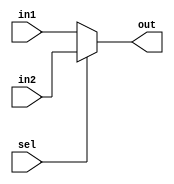
module mux2to1(out,sel,in1,in2);
	input in1, in2, sel;
	output out;

	assign out = sel ? in2 : in1;
endmodule


module fourbitmux2to1(out, sel, in1, in2);
	input [3:0] in1, in2;
	input sel;
	output [3:0] out;

	genvar j;

	generate
		for (j = 0; j < 4; j = j + 1)
		begin: muxloop
			mux2to1 m(out[j], sel, in1[j], in2[j]);
		end

	endgenerate
endmodule


module testbench;
	reg [3:0] a,b;
	reg s;
	wire [3:0] f;
	fourbitmux2to1 m1(f, s, a, b);
	initial
		begin

			$dumpfile("testbench.vcd");
			$dumpvars(0, testbench);
			$monitor(,$time," a=%b, b=%b, s=%b f=%b",a,b,s,f);
			#0 a=4'b0000;b=4'b1111;
			#2 s=1'b1;
			#5 s=1'b0;
			#10 a=4'b0101;b=4'b1010;
			#15 s=1'b1;
			#20 s=1'b0;
			#100 $finish;
			
		end
endmodule